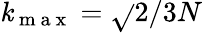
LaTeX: \mathit{k}_{\mathrm{{~m~a~x~}}}=\sqrt{}{{2}}/3N